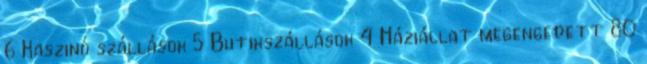
6 Kaszinó szállások 5 Butikszállások 4 Háziállat megengedett 80